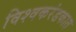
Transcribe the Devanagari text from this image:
विश्वकरंडकात